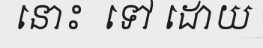
នោះ  ទៅ ដោយ